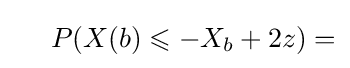
\ \ \ \ P(X(b)\leqslant -X_{b}+2z)=